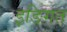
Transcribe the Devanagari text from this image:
इङिगत